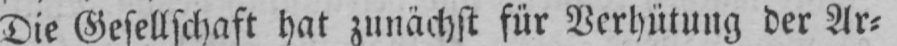
Die Gesellschaft hat zunächst für Verhütung der Ar⸗